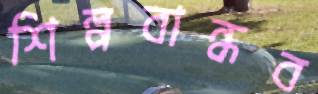
শিল্পবান্ধব